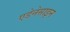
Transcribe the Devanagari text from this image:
एडेनेसाइन